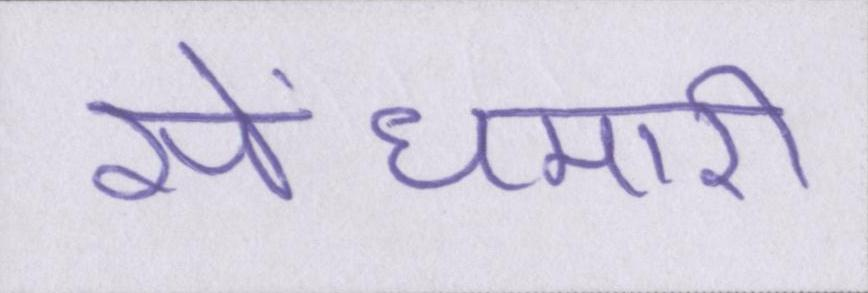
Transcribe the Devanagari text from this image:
सेंधमारी